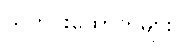
သတင်းထောက်များ